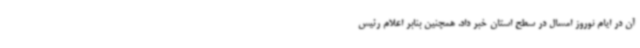
آن در ایام نوروز امسال در سطح استان خبر داد. همچنین بنابر اعلام رئیس